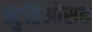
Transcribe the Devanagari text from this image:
स्टुडिओसह